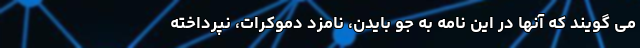
می گویند که آنها در این نامه به جو بایدن، نامزد دموکرات، نپرداخته